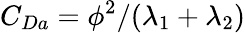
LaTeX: C_{Da}=\phi^{2}/(\lambda_{1}+\lambda_{2})